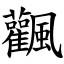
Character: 飌